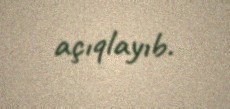
açıqlayıb.